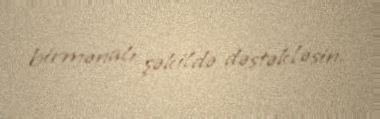
birmənalı şəkildə dəstəkləsin.